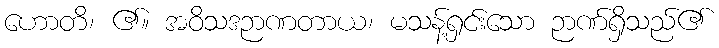
ဟောတိ၊ ၏။ အဝိသဒဉာဏတာယ၊ မသန့်ရှင်းသော ဉာဏ်ရှိသည်၏